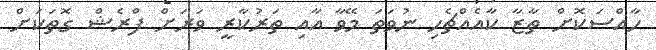
ހާއްސަކޮށް ތާޒާ ކާއެއްޗެހި ނުވަތަ މޭވާ އާއި ތަރުކާރީ ވަރަށް ފްރެޝް ގޮތަކަށް